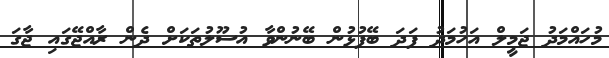
މުހައްމަދު ޖަމީލް އަހުމަދު ފަދަ ބޭފުޅުން ބޭނުންވާ އުސޫލުތަކަށް ދެން ރާއްޖޭގައި ޖާގަ